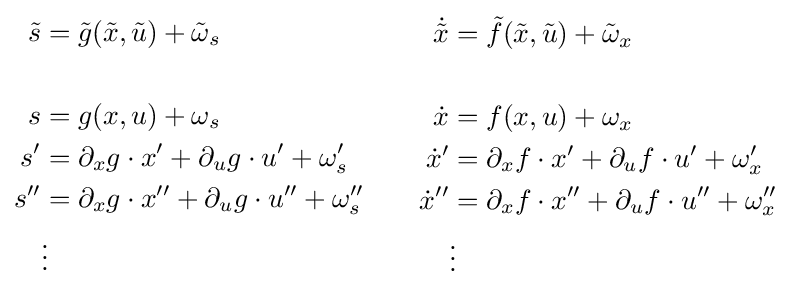
{\begin{aligned}{\tilde {s}}&={\tilde {g}}({\tilde {x}},{\tilde {u}})+{\tilde {\omega }}_{s}\\\\s&=g(x,u)+\omega _{s}\\s'&=\partial _{x}g\cdot x'+\partial _{u}g\cdot u'+\omega '_{s}\\s''&=\partial _{x}g\cdot x''+\partial _{u}g\cdot u''+\omega ''_{s}\\&\vdots \\\end{aligned}}\qquad {\begin{aligned}{\dot {\tilde {x}}}&={\tilde {f}}({\tilde {x}},{\tilde {u}})+{\tilde {\omega }}_{x}\\\\{\dot {x}}&=f(x,u)+\omega _{x}\\{\dot {x}}'&=\partial _{x}f\cdot x'+\partial _{u}f\cdot u'+\omega '_{x}\\{\dot {x}}''&=\partial _{x}f\cdot x''+\partial _{u}f\cdot u''+\omega ''_{x}\\&\vdots \end{aligned}}